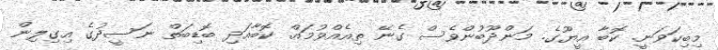
މިބިކަވަނީ. ކޮބާ އީޔޫގެ. މަންދޫބުންވެސް ގެނޭ ތިއެއްވުމައް. ކޮބާއަދި ބޮޑިބަތް ނަސީދުގެ އިގިލިން